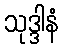
သုဒ္ဒါနံ